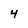
Character: 4